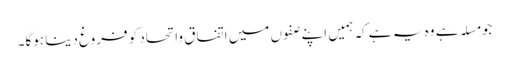
جو مسلہ ہے وہ یہ ہے کہ ہمیں اپنے صفوں میں اتفاق واتحاد کو فروغ دینا ہوگا۔